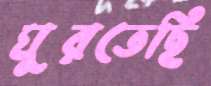
ঘুরতেছি